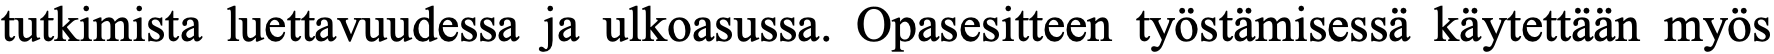
tutkimista luettavuudessa ja ulkoasussa. Opasesitteen työstämisessä käytettään myös